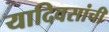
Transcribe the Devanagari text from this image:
यादिवसांची